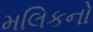
મલિકનો